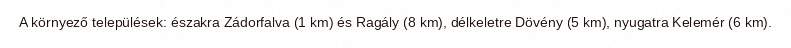
A környező települések: északra Zádorfalva (1 km) és Ragály (8 km), délkeletre Dövény (5 km), nyugatra Kelemér (6 km).